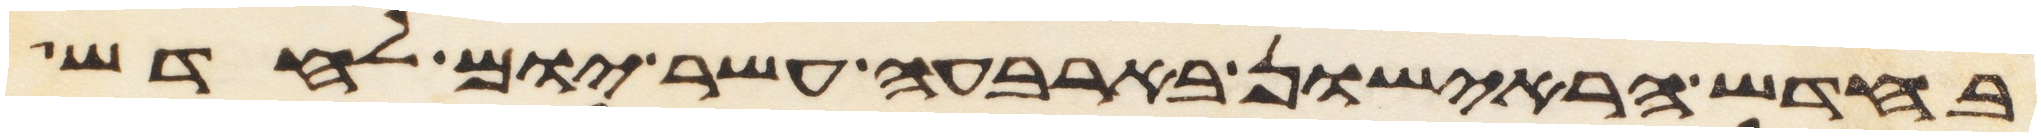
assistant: בחדש הראישון בארבעה עשר יום לחדש